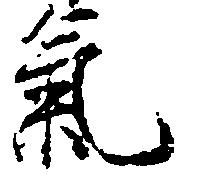
気